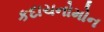
કદાચનોમોન